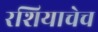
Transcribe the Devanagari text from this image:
रशियाचेच